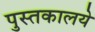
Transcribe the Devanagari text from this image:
पुस्तकालये